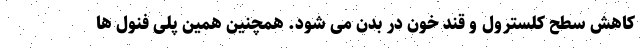
کاهش سطح کلسترول و قند خون در بدن می شود. همچنین همین پلی فنول ها